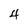
Character: 4